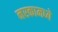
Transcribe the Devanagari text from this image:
नरकामध्ये